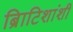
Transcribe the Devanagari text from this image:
ब्रिाटिशांशी